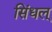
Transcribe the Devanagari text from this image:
सिंधल्